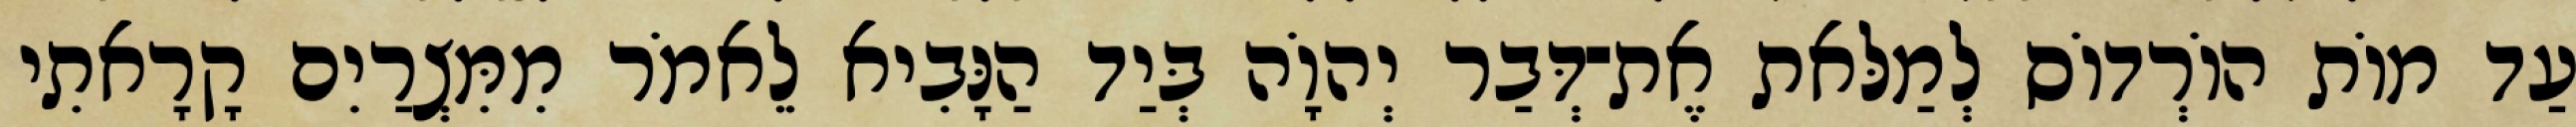
עַד מוֹת הוֹרְדוֹס לְמַלּאת אֶת־דְּבַר יְהוָֹה בְּיַד הַנָּבִיא לֵאמֹר מִמִּצְרַיִם קָרָאתִי